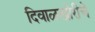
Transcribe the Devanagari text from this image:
दिवाळखोरीचे